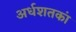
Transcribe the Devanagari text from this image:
अर्धशतकां